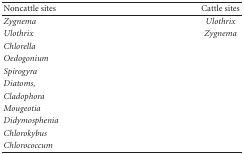
<table><thead><tr><td><b>Noncattle sites</b></td><td><b>Cattle sites</b></td></tr></thead><tbody><tr><td><i>Zygnema </i></td><td><i>Ulothrix</i></td></tr><tr><td><i>Ulothrix </i></td><td><i>Zygnema</i></td></tr><tr><td><i>Chlorella</i></td><td></td></tr><tr><td><i>Oedogonium</i></td><td></td></tr><tr><td><i>Spirogyra</i></td><td></td></tr><tr><td><i>Diatoms,</i></td><td></td></tr><tr><td><i>Cladophora</i></td><td></td></tr><tr><td><i>Mougeotia</i></td><td></td></tr><tr><td><i>Didymosphenia</i></td><td></td></tr><tr><td><i>Chlorokybus</i></td><td></td></tr><tr><td><i>Chlorococcum</i></td><td></td></tr></tbody></table>